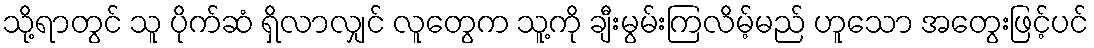
သို့ရာတွင် သူ ပိုက်ဆံ ရှိလာလျှင် လူတွေက သူ့ကို ချီးမွမ်းကြလိမ့်မည် ဟူသော အတွေးဖြင့်ပင်